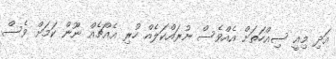
އަދި މިއީ ސިއްހަތަށް އެއްވެސް ނުރައްކަލެއް ހުރި އެއްޗެއް ނޫން ކަމަށް ވެސް